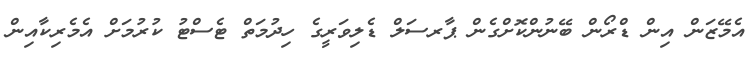
އެމޭޒަން އިން ޑްރޯން ބޭނުންކޮށްގެން ޕާރސަލް ޑެލިވަރީގެ ހިދުމަތް ޓެސްޓު ކުރުމަށް އެމެރިކާއިން